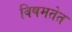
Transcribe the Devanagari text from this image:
विषमतेत